Annual administration report of the Civil Veterinary Department, Sind - 1938-1939
Year: 1938
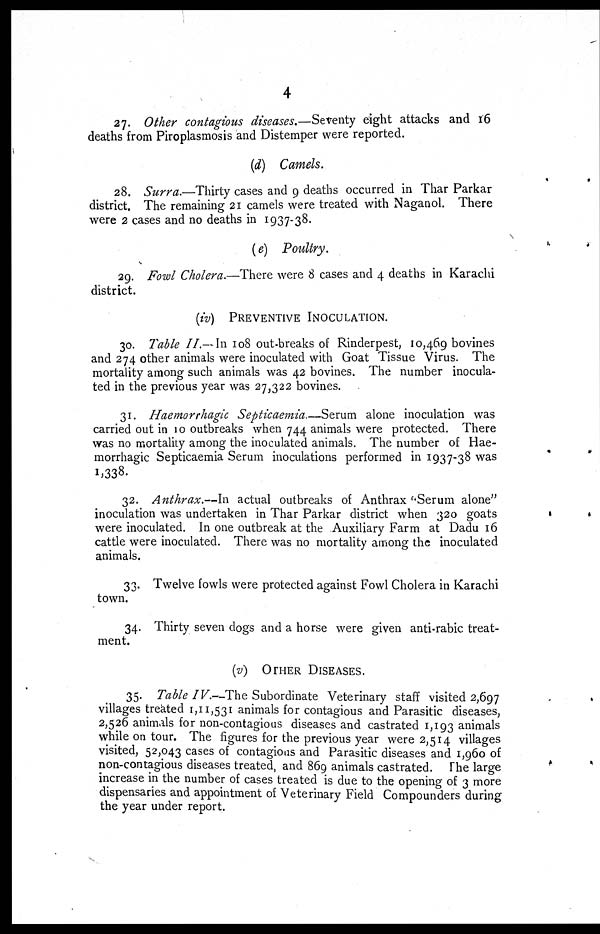
4
27. Other contagious diseases.—Seventy eight attacks and 16
deaths from Piroplasmosis and Distemper were reported.
(d) Camels.
28. Surra.—Thirty cases and 9 deaths occurred in Thar Parkar
district. The remaining 21 camels were treated with Naganol. There
were 2 cases and no deaths in 1937-38.
(e)
Poultry.
29. Fowl Cholera.—There were 8 cases and 4 deaths in Karachi
district.
(iv) PREVENTIVE INOCULATION.
30. Table II.—In 108 out-breaks of Rinderpest, 10,469 bovines
and 274 other animals were inoculated with Goat Tissue Virus. The
mortality among such animals was 42 bovines. The number inocula-
ted in the previous year was 27,322 bovines.
31. Haemorrhagic Septicaemia.—Serum alone inoculation was
carried out in 10 outbreaks when 744 animals were protected. There
was no mortality among the inoculated animals. The number of Hae-
morrhagic Septicaemia Serum inoculations performed in 1937-38 was
1,338.
32. Anthrax.—In actual outbreaks of Anthrax "Serum alone"
inoculation was undertaken in Thar Parkar district when 320 goats
were inoculated. In one outbreak at the Auxiliary Farm at Dadu 16
cattle were inoculated. There was no mortality among the inoculated
animals.
33. Twelve fowls were protected against Fowl Cholera in Karachi
town.
34. Thirty seven dogs and a horse were given anti-rabic treat-
ment.
(v) OTHER DISEASES.
35. Table IV.—The Subordinate Veterinary staff visited 2,697
villages treated 1,11,531 animals for contagious and Parasitic diseases,
2,526 animals for non-contagious diseases and castrated 1,193 animals
while on tour. The figures for the previous year were 2,514 villages
visited, 52,043 cases of contagious and Parasitic diseases and 1,960 of
non-contagious diseases treated, and 869 animals castrated. The large
increase in the number of cases treated is due to the opening of 3 more
dispensaries and appointment of Veterinary Field Compounders during
the year under report.